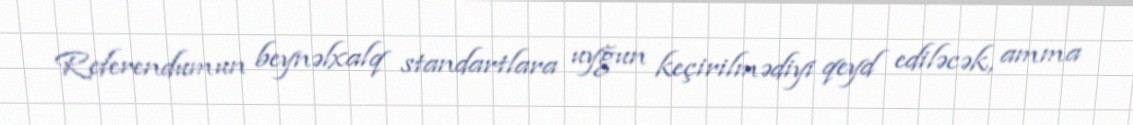
Referendumun beynəlxalq standartlara uyğun keçirilmədiyi qeyd ediləcək, amma